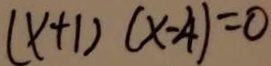
( x + 1 ) ( x - 4 ) = 0